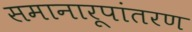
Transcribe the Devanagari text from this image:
समानारूपांतरण